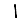
Digit: 1